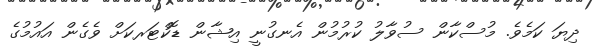
ދިޔަ ކަމެވެ. މުސްކާން ސުވާލު ކުރުމުން އެނގުނީ އިޝާން ޑޮކްޓަރކަށް ވެގެން އައުމުގެ